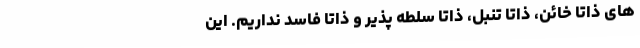
های ذاتا خائن، ذاتا تنبل، ذاتا سلطه پذیر و ذاتا فاسد نداریم. این